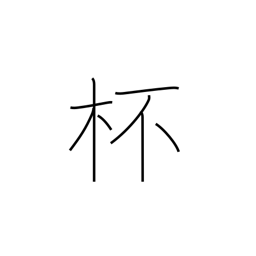
Meaning: glass